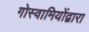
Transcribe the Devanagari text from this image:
गोस्वामियोंद्वारा